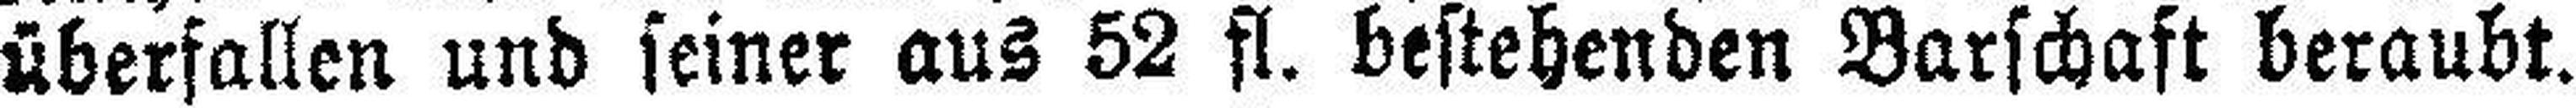
überfallen und seiner aus 52 fl. bestehenden Barschaft beraubt.